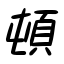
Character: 頓